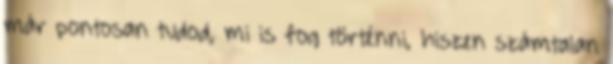
már pontosan tudod, mi is fog történni, hiszen számtalan